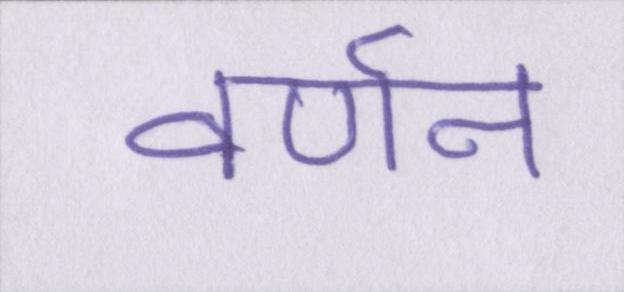
वर्णन